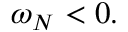
\omega _ { N } < 0 .